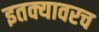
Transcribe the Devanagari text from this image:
इतक्यावरच